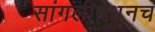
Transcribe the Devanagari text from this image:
सांगलीमधूनच